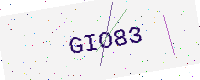
Text: GIO83